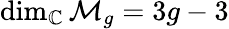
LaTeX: \dim_{\mathbb{C}}{\mathcal{M}}_{g}=3g-3